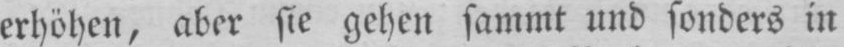
erhöhen, aber sie gehen sammt und sonders in